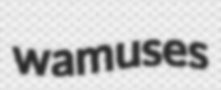
wamuses